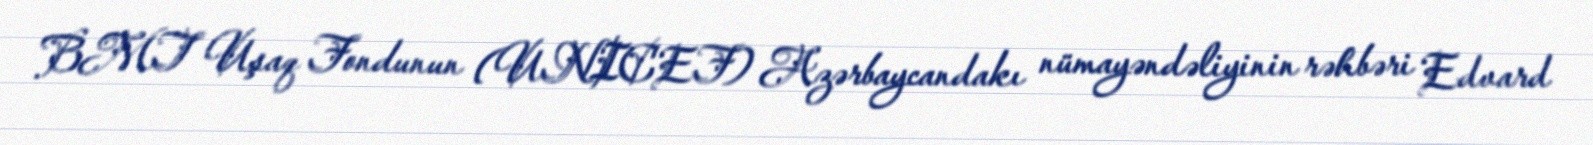
BMT Uşaq Fondunun (UNICEF) Azərbaycandakı nümayəndəliyinin rəhbəri Edvard